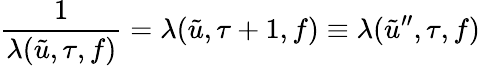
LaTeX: \frac{1}{\lambda(\tilde{u},\tau,f)}=\lambda(\tilde{u},\tau+1,f)\equiv\lambda(\tilde{u}^{\prime\prime},\tau,f)